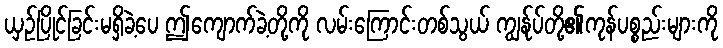
ယှဉ်ပြိုင်ခြင်းမရှိခဲ့ပေ ဤကျောက်ခဲ့တို့ကို လမ်းကြောင်းတစ်သွယ် ကျွန်ုပ်တို့၏ကုန်ပစ္စည်းများကို